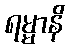
ရမ္မာနိ